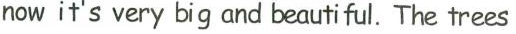
now it's very big and beautiful. The trees